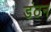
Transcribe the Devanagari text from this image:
डंठन